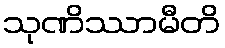
သုဏိဿာမီတိ